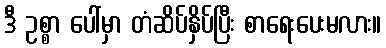
ဒီ ဥစ္စာ ပေါ်မှာ တံဆိပ်နှိပ်ပြီး စာရေးပေးမလား။